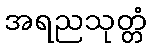
အရညသုတ္တံ